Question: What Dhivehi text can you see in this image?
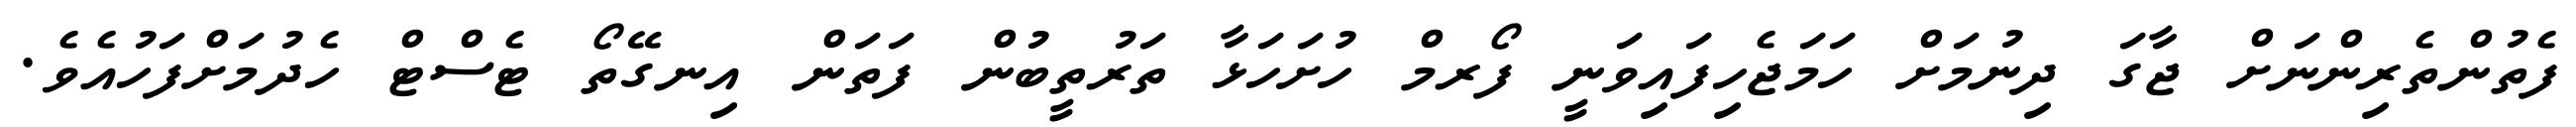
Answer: ފެތުންތެރިންނަށް ޖާގަ ދިނުމަށް ހަމަޖެހިފައިވަނީ ފޯރމް ހުށަހަޅާ ތަރުތީބުން ފަތަން އިނގޭތޯ ޓެސްޓް ހެދުމަށްފަހުއެވެ.